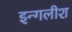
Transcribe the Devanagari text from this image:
इन्गलीश